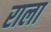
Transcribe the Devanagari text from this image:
राला